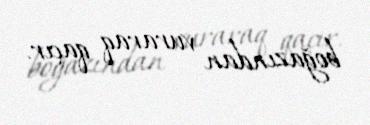
boğazından vuraraq qaçır.